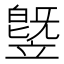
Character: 䇒